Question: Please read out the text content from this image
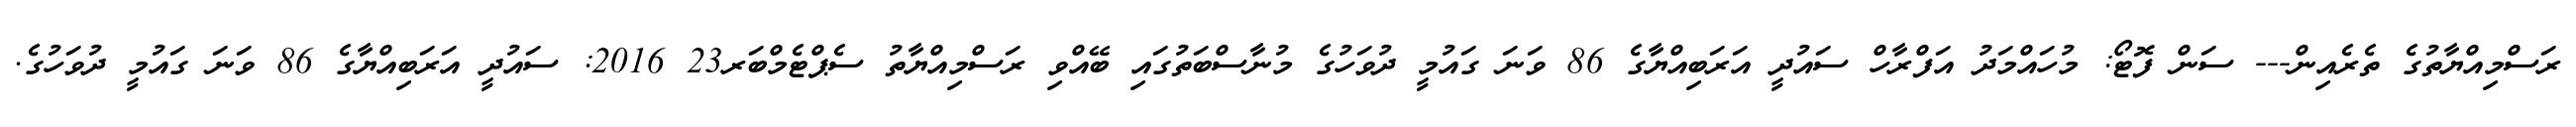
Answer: ރަސްމިއްޔާތުގެ ތެރެއިން--- ސަން ފޮޓޯ: މުހައްމަދު އަފްރާހް ސައުދީ އަރަބިއްޔާގެ 86 ވަނަ ގައުމީ ދުވަހުގެ މުނާސްބަތުގައި ބޭއްވި ރަސްމިއްޔާތު ސެޕްޓެމްބަރ23 2016: ސައުދީ އަރަބިއްޔާގެ 86 ވަނަ ގައުމީ ދުވަހުގެ.